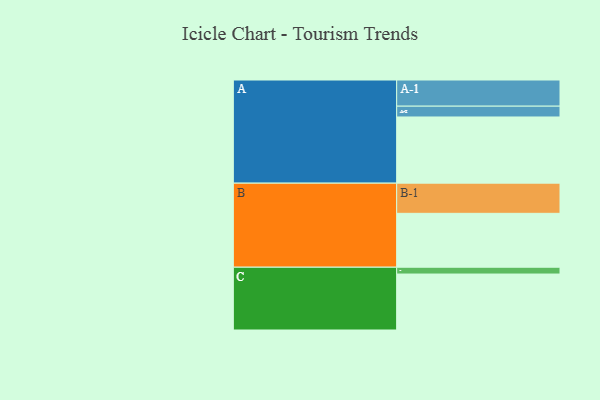
{"axis": {"x": "Segment", "y": "Value"}, "legend": ["", "A", "B", "C"], "data": [{"x": "A", "y": 544, "type": ""}, {"x": "B", "y": 443, "type": ""}, {"x": "C", "y": 460, "type": ""}, {"x": "A-1", "y": 215, "type": "A"}, {"x": "A-2", "y": 89, "type": "A"}, {"x": "B-1", "y": 248, "type": "B"}, {"x": "C-1", "y": 56, "type": "C"}]}